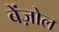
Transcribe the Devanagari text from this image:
बेंज़ोल